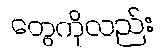
တွေကိုလည်း